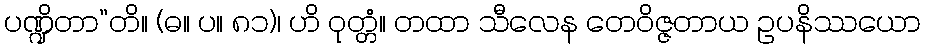
ပဏ္ဍိတာ”တိ။ (ဓ။ ပ။ ၈၁)၊ ဟိ ဝုတ္တံ။ တထာ သီလေန တေဝိဇ္ဇတာယ ဥပနိဿယော